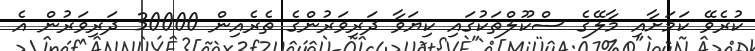
ކުރެވޭ ކަމަށާއި މާލޭގެ ސްކޫލްތަކުގައި ކިޔަވާ ދަރިވަރުންގެ ތެރެއިން 30000 ދަރިވަރުން އެ